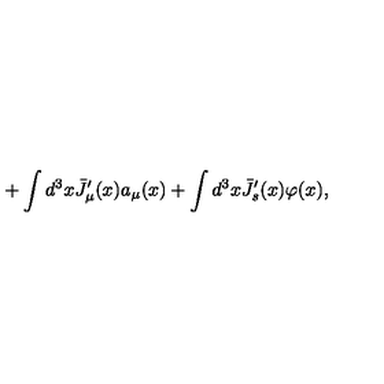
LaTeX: + \int d ^ { 3 } x { \bar { J } } _ { \mu } ^ { \prime } ( x ) a _ { \mu } ( x ) + \int d ^ { 3 } x { \bar { J } } _ { s } ^ { \prime } ( x ) \varphi ( x ) ,